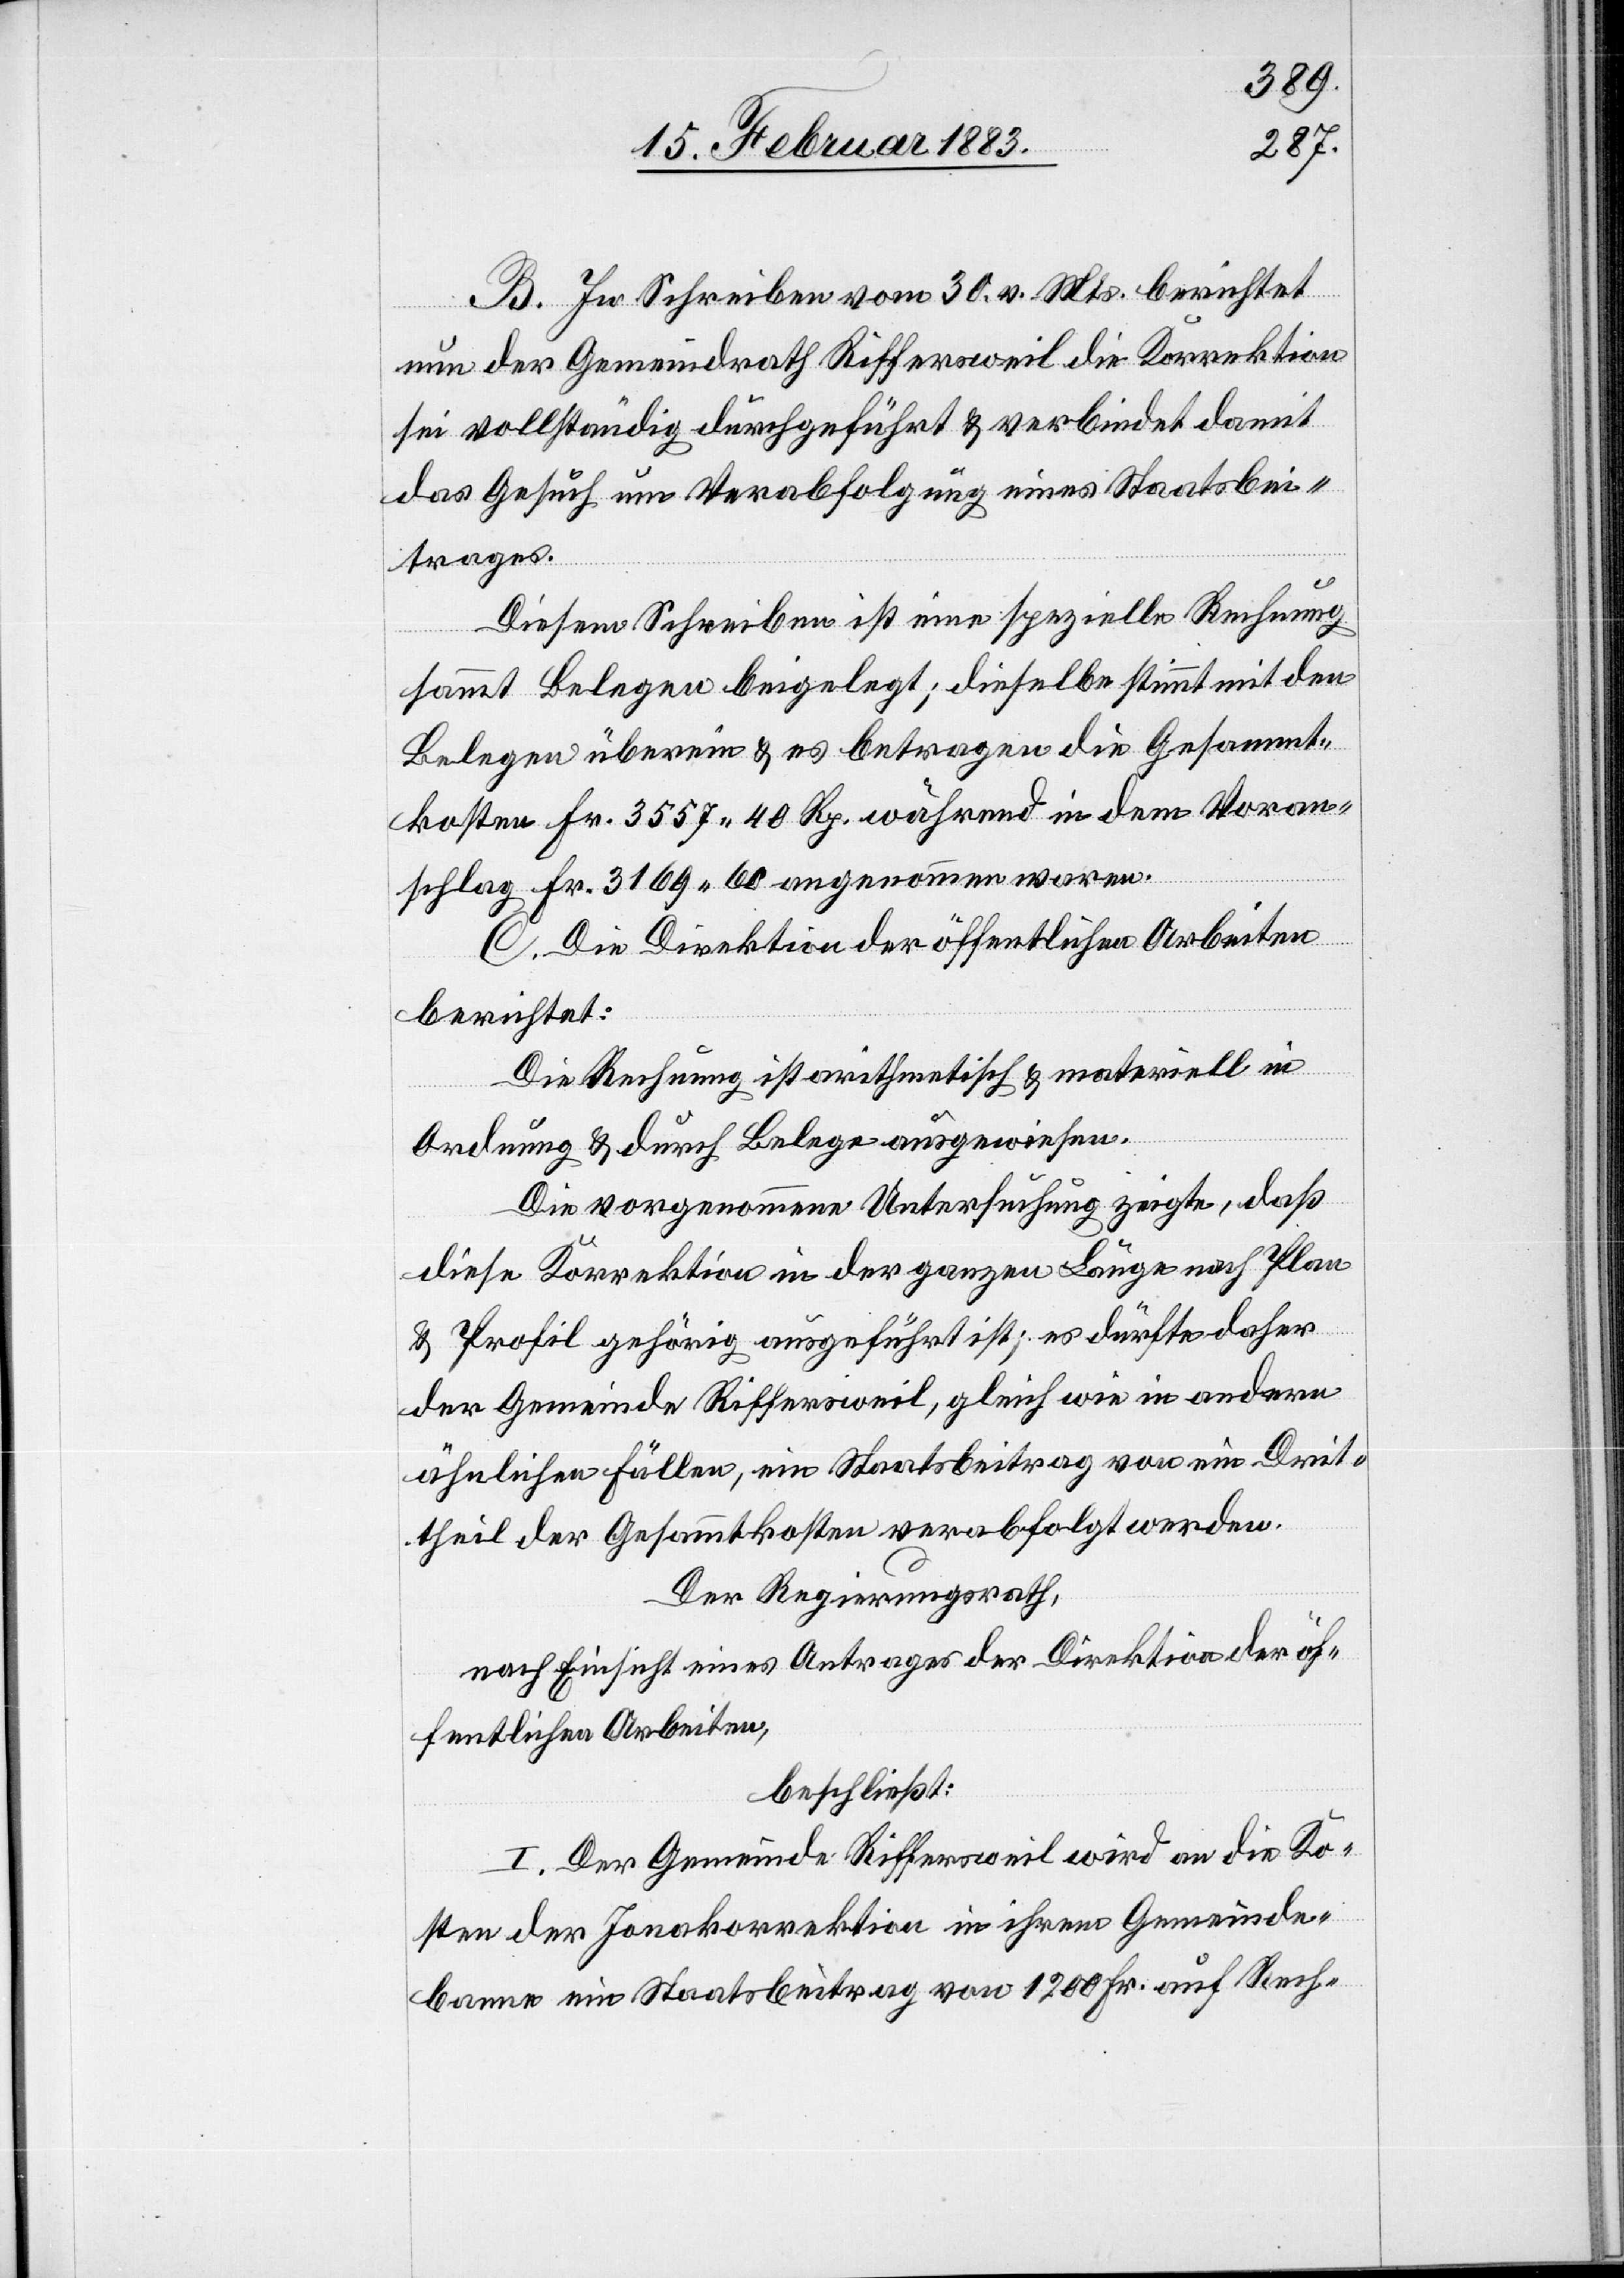
B. In Schreiben vom 30. v. Mts. berichtet
nun der Gemeindrath Riffersweil die Korrektion
für vollständig durchgeführt & verbindet damit
das Gesuch um Verabfolgung eines Staatsbei¬
trages.
Diesem Schreiben ist eine spezielle Rechnung
sammt Belegen beigelegt; dieselbe stimmt mit den
Belegen überein & es betragen die Gesammt¬
kosten Fr. 3557 40 Rp. während in dem Voran¬
schlag Fr. 3169 60 angenommen waren.
C. Die Direktion der öffentlichen Arbeiten
berichtet:
Die Rechnung ist arithmetisch & materiell in
Drit¬
Ordnung & durch Belege ausgewiesen.
Die vorgenommene Untersuchung zeigte, daß
diese Korrektion in der ganzen Länge nach Plan
& Profil gehörig ausgeführt ist; es dürfte daher
der Gemeinde Riffersweil, gleich wie in andern
theil der Gesammtkosten verabfolgt werden.
Der Regierungsrath,
nach Einsicht eines Antrages der Direktion der öf¬
fentlichen Arbeiten,
beschließt:
I. Der Gemeinde Riffersweil wird an die Ko¬
sten der Jonakorrektion in ihrem Gemeinde¬
banne ein Staatsbeitrag von 1200 Fr. auf Rech-